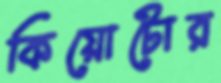
কিয়োটোর